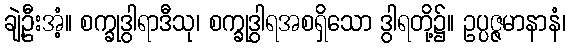
ချဲ့ဦးအံ့။ စက္ခုဒွါရာဒီသု၊ စက္ခုဒွါရအစရှိသော ဒွါရတို့၌။ ဥပ္ပဇ္ဇမာနာနံ၊